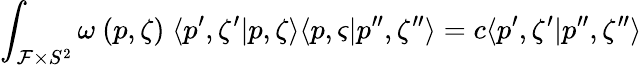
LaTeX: \int_{{\cal F}\times S^{2}}\omega\ (p,\zeta)\; \langle p^{\prime},\zeta^{\prime}|p,\zeta\rangle\langle p,\varsigma|p^{\prime\prime},\zeta^{\prime\prime}\rangle=c\langle p^{\prime},\zeta^{\prime}|p^{\prime\prime},\zeta^{\prime\prime}\rangle